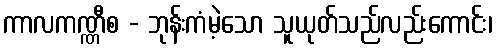
ကာလကဏ္ဏီစ - ဘုန်းကံမဲ့သော သူယုတ်သည်လည်းကောင်း၊